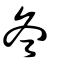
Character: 冬